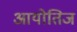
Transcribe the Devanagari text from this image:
आयोतिज